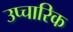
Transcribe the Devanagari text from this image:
उप्चारिक